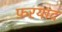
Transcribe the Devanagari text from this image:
फ़रयाद